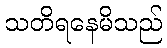
သတိရနေမိသည်